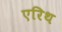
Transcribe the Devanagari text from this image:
एरिथ